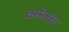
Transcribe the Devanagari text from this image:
अमेज़ंस